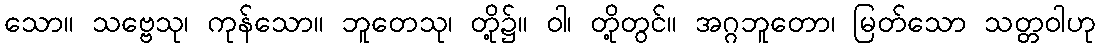
သော။ သဗ္ဗေသု၊ ကုန်သော။ ဘူတေသု၊ တို့၌။ ဝါ၊ တို့တွင်။ အဂ္ဂဘူတော၊ မြတ်သော သတ္တဝါဟု